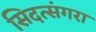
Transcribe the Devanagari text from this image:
सिदत्संगरा